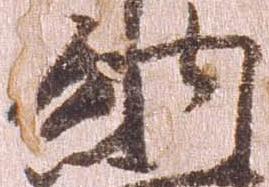
納